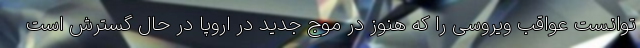
توانست عواقب ویروسی را که هنوز در موج جدید در اروپا در حال گسترش است